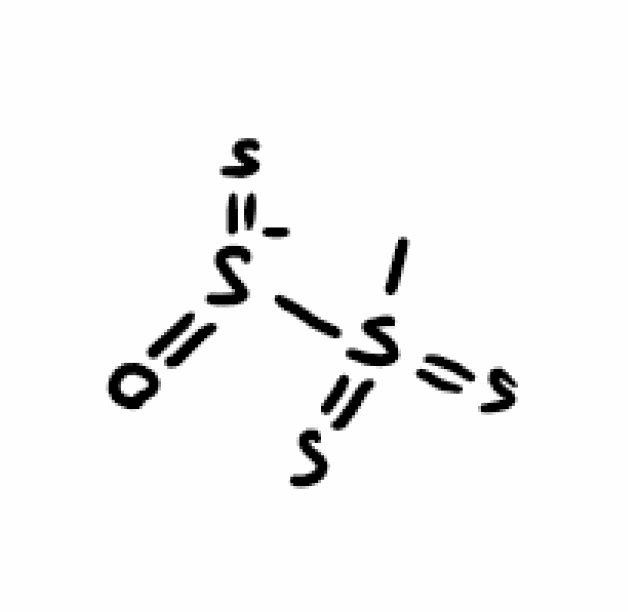
Simplified molecular-input line-entry system (SMILES) notation of the given molecule:
CS(=S)(=S)[S-](=O)=S